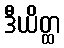
ဒီယိတ္ထ